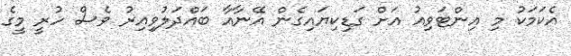
އެކަމަކު މި އިންޓަވިއު އަށް ގަޑިކިޔައިގެން އޭނާއާ ބައްދަލުވިއިރު ވެސް ހުރީ މީގެ